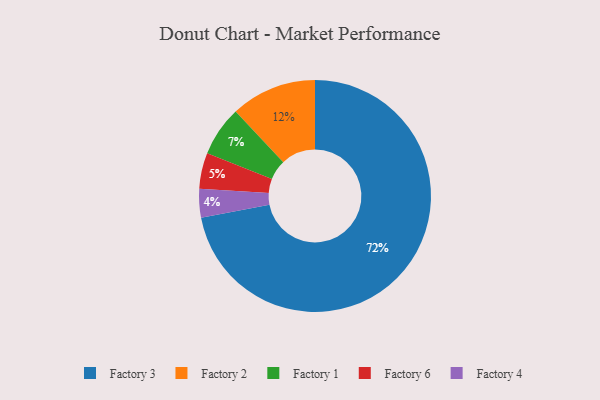
{"axis": {"x": "Category", "y": "Percentage"}, "legend": ["Factory 1", "Factory 2", "Factory 3", "Factory 4", "Factory 6"], "data": [{"x": "Factory 6", "y": 5, "type": "Factory 6"}, {"x": "Factory 2", "y": 12, "type": "Factory 2"}, {"x": "Factory 3", "y": 72, "type": "Factory 3"}, {"x": "Factory 1", "y": 7, "type": "Factory 1"}, {"x": "Factory 4", "y": 4, "type": "Factory 4"}]}